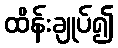
ထိန်းချုပ်၍